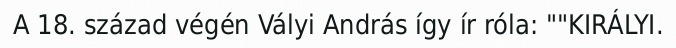
A 18. század végén Vályi András így ír róla: ""KIRÁLYI.